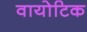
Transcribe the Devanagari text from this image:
वायोटिक